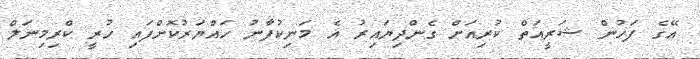
އޭގެ ފަހުން ޝަރީއަތް ކުރިއަށް ގެންދިޔައިރު އެ މަނިކުފާނު ހައްޔަރުކޮށްފައި ހުރީ ކްރިމިނަލް